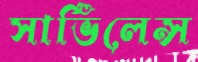
সার্ভিলেন্স